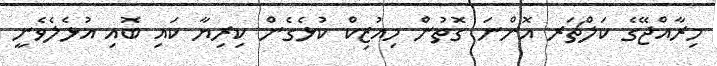
މިރާއްޖޭގެ ކަލްޗަރ އޮންނަ ގޮތުން މިއުޒިކް ކުޅެގެން ކިރިޔާ ކައި ބޮއި އުޅެލެވެނީ